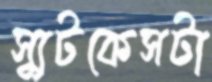
স্যুটকেসটা